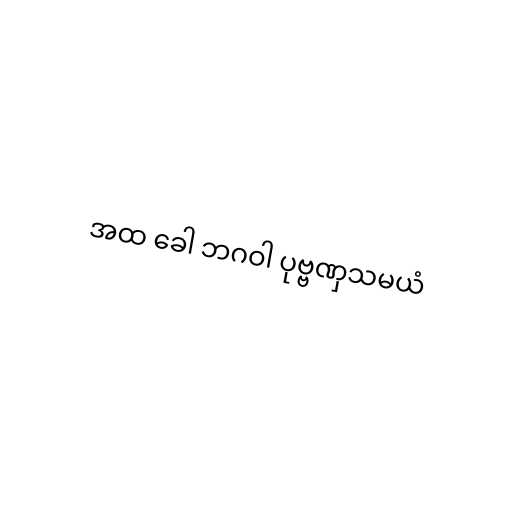
အထ ခေါ ဘဂဝါ ပုဗ္ဗဏှသမယံ